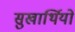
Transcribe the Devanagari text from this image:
सुखार्थियों